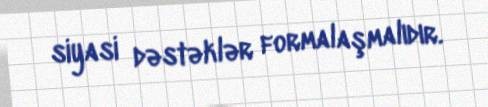
siyasi dəstəklər formalaşmalıdır.